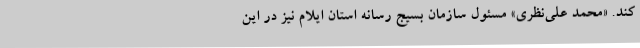
کند. «محمد علی‌نظری» مسئول سازمان بسیج رسانه استان ایلام نیز در این